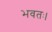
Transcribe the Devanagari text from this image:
भवतः।